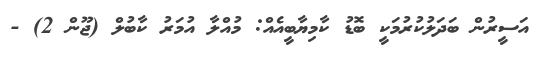
އަސީރުން ބަދަލުކުރުމަކީ ބޮޑު ކާމިޔާބީއެއް: މުއްލާ އުމަރު ކާބުލް (ޖޫން 2) -